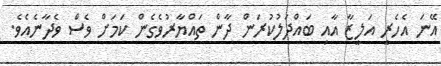
އޭނަ އެހެރީ އަލީޒާ އާއި ބައްދަލުކުރަން ދާން ތައްޔާރުވެގެން ކަމަށް ވެސް ވެދާނެއެވެ.